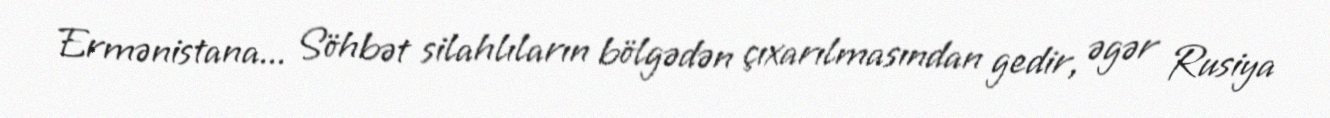
Ermənistana... Söhbət silahlıların bölgədən çıxarılmasından gedir, əgər Rusiya